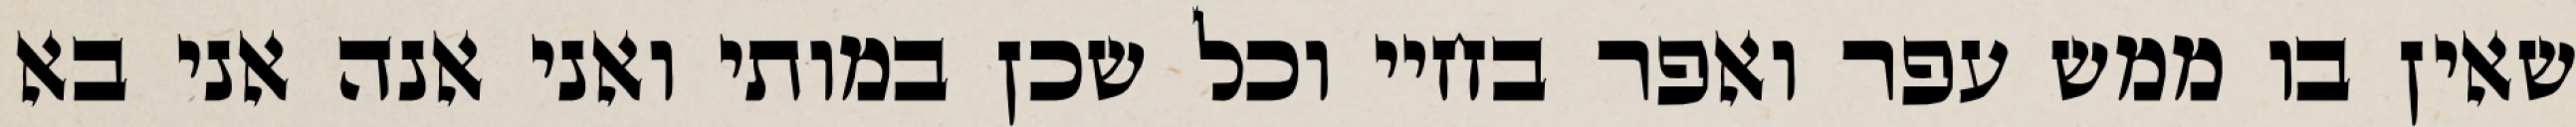
שאין בו ממש עפר ואפר בחיי וכל שכן במותי ואני אנה אני בא